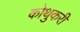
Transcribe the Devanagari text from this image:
कोथुकरी